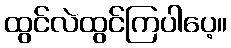
ထွင်လဲထွင်ကြပါပေ့။